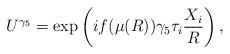
LaTeX: \begin{align*}U^{\gamma_5} = \exp \left( i f(\mu(R)) \gamma_5 \tau_i \frac{X_i}{R} \right),\end{align*}